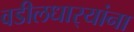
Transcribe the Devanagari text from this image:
वडीलधार्‍यांना